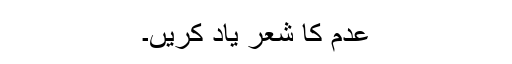
عدم کا شعر یاد کریں۔